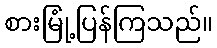
စားမြုံ့ပြန်ကြသည်။